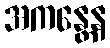
အကန္တေန